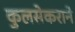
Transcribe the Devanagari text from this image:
कुलसेकराने